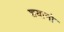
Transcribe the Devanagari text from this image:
शयानो